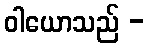
ဝါယောသည် -